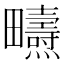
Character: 𤴃